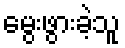
မွေးဖွားခဲ့သူ